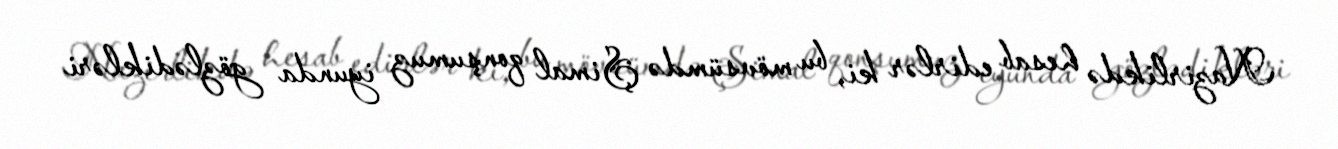
Nazirlikdə hesab edirlər ki, bu mövsümdə Şimal qonşumuz iyunda gözlədikləri